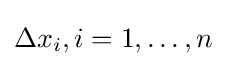
\Delta x_{i},i=1,\ldots ,n